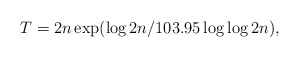
\begin{align*} T= 2n\exp(\log 2n/103.95\log \log 2n),\end{align*}